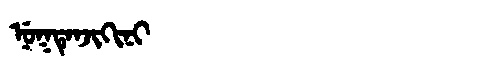
Manchu: ᠨᡠᡴᡨᡝᠨᠵᡳᡴᡳᠨᡳ
Romanization: NUKTENJIKINI